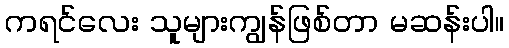
ကရင်လေး သူများကျွန်ဖြစ်တာ မဆန်းပါ။